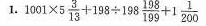
1. $$1 0 0 1 \times 5 \frac{3}{13} + 1 9 8 \frac{198}{199} + 1 \frac{1}{200}$$